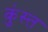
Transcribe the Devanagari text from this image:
कुंस्त